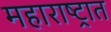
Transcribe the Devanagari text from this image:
महाराष्‍ट्रात